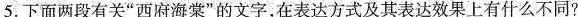
5.下面两段有关“西府海棠”的文字，在表达方式及其表达效果上有什么不同?